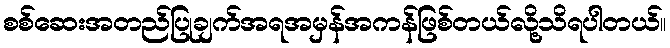
စစ်ဆေးအတည်ပြုချက်အရအမှန်အကန်ဖြစ်တယ်လို့သိရပါတယ်။